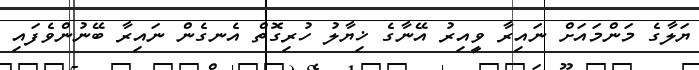
ޔަލާގެ މަންމައަށް ނައިރާ ވީއިރު އޭނާގެ ޚިޔާލު ހުރިގޮތް އެނގެން ނައިރާ ބޭނުންވެފައި